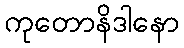
ကုတောနိဒါနော